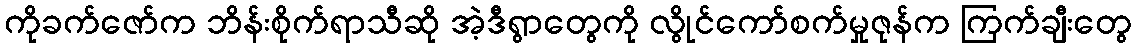
ကိုခက်ဇော်က ဘိန်းစိုက်ရာသီဆို အဲ့ဒီရွာတွေကို လွိုင်ကော်စက်မှုဇုန်က ကြက်ချီးတွေ